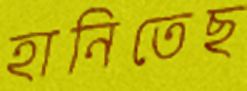
হানিতেছ